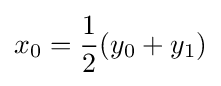
x_{0}={\frac {1}{2}}(y_{0}+y_{1})